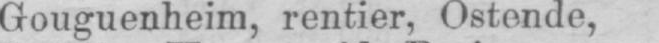
Gouguenheim, rentier, Ostende,